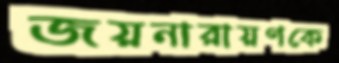
জয়নারায়ণকে